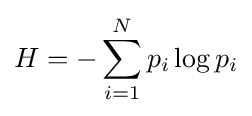
H=-\sum _{i=1}^{N}p_{i}\log p_{i}